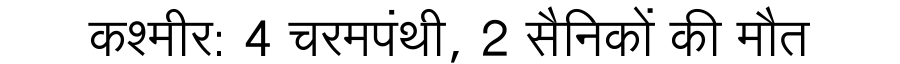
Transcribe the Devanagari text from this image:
कश्मीर: 4 चरमपंथी, 2 सैनिकों की मौत